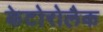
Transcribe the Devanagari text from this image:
केटोरोलैक